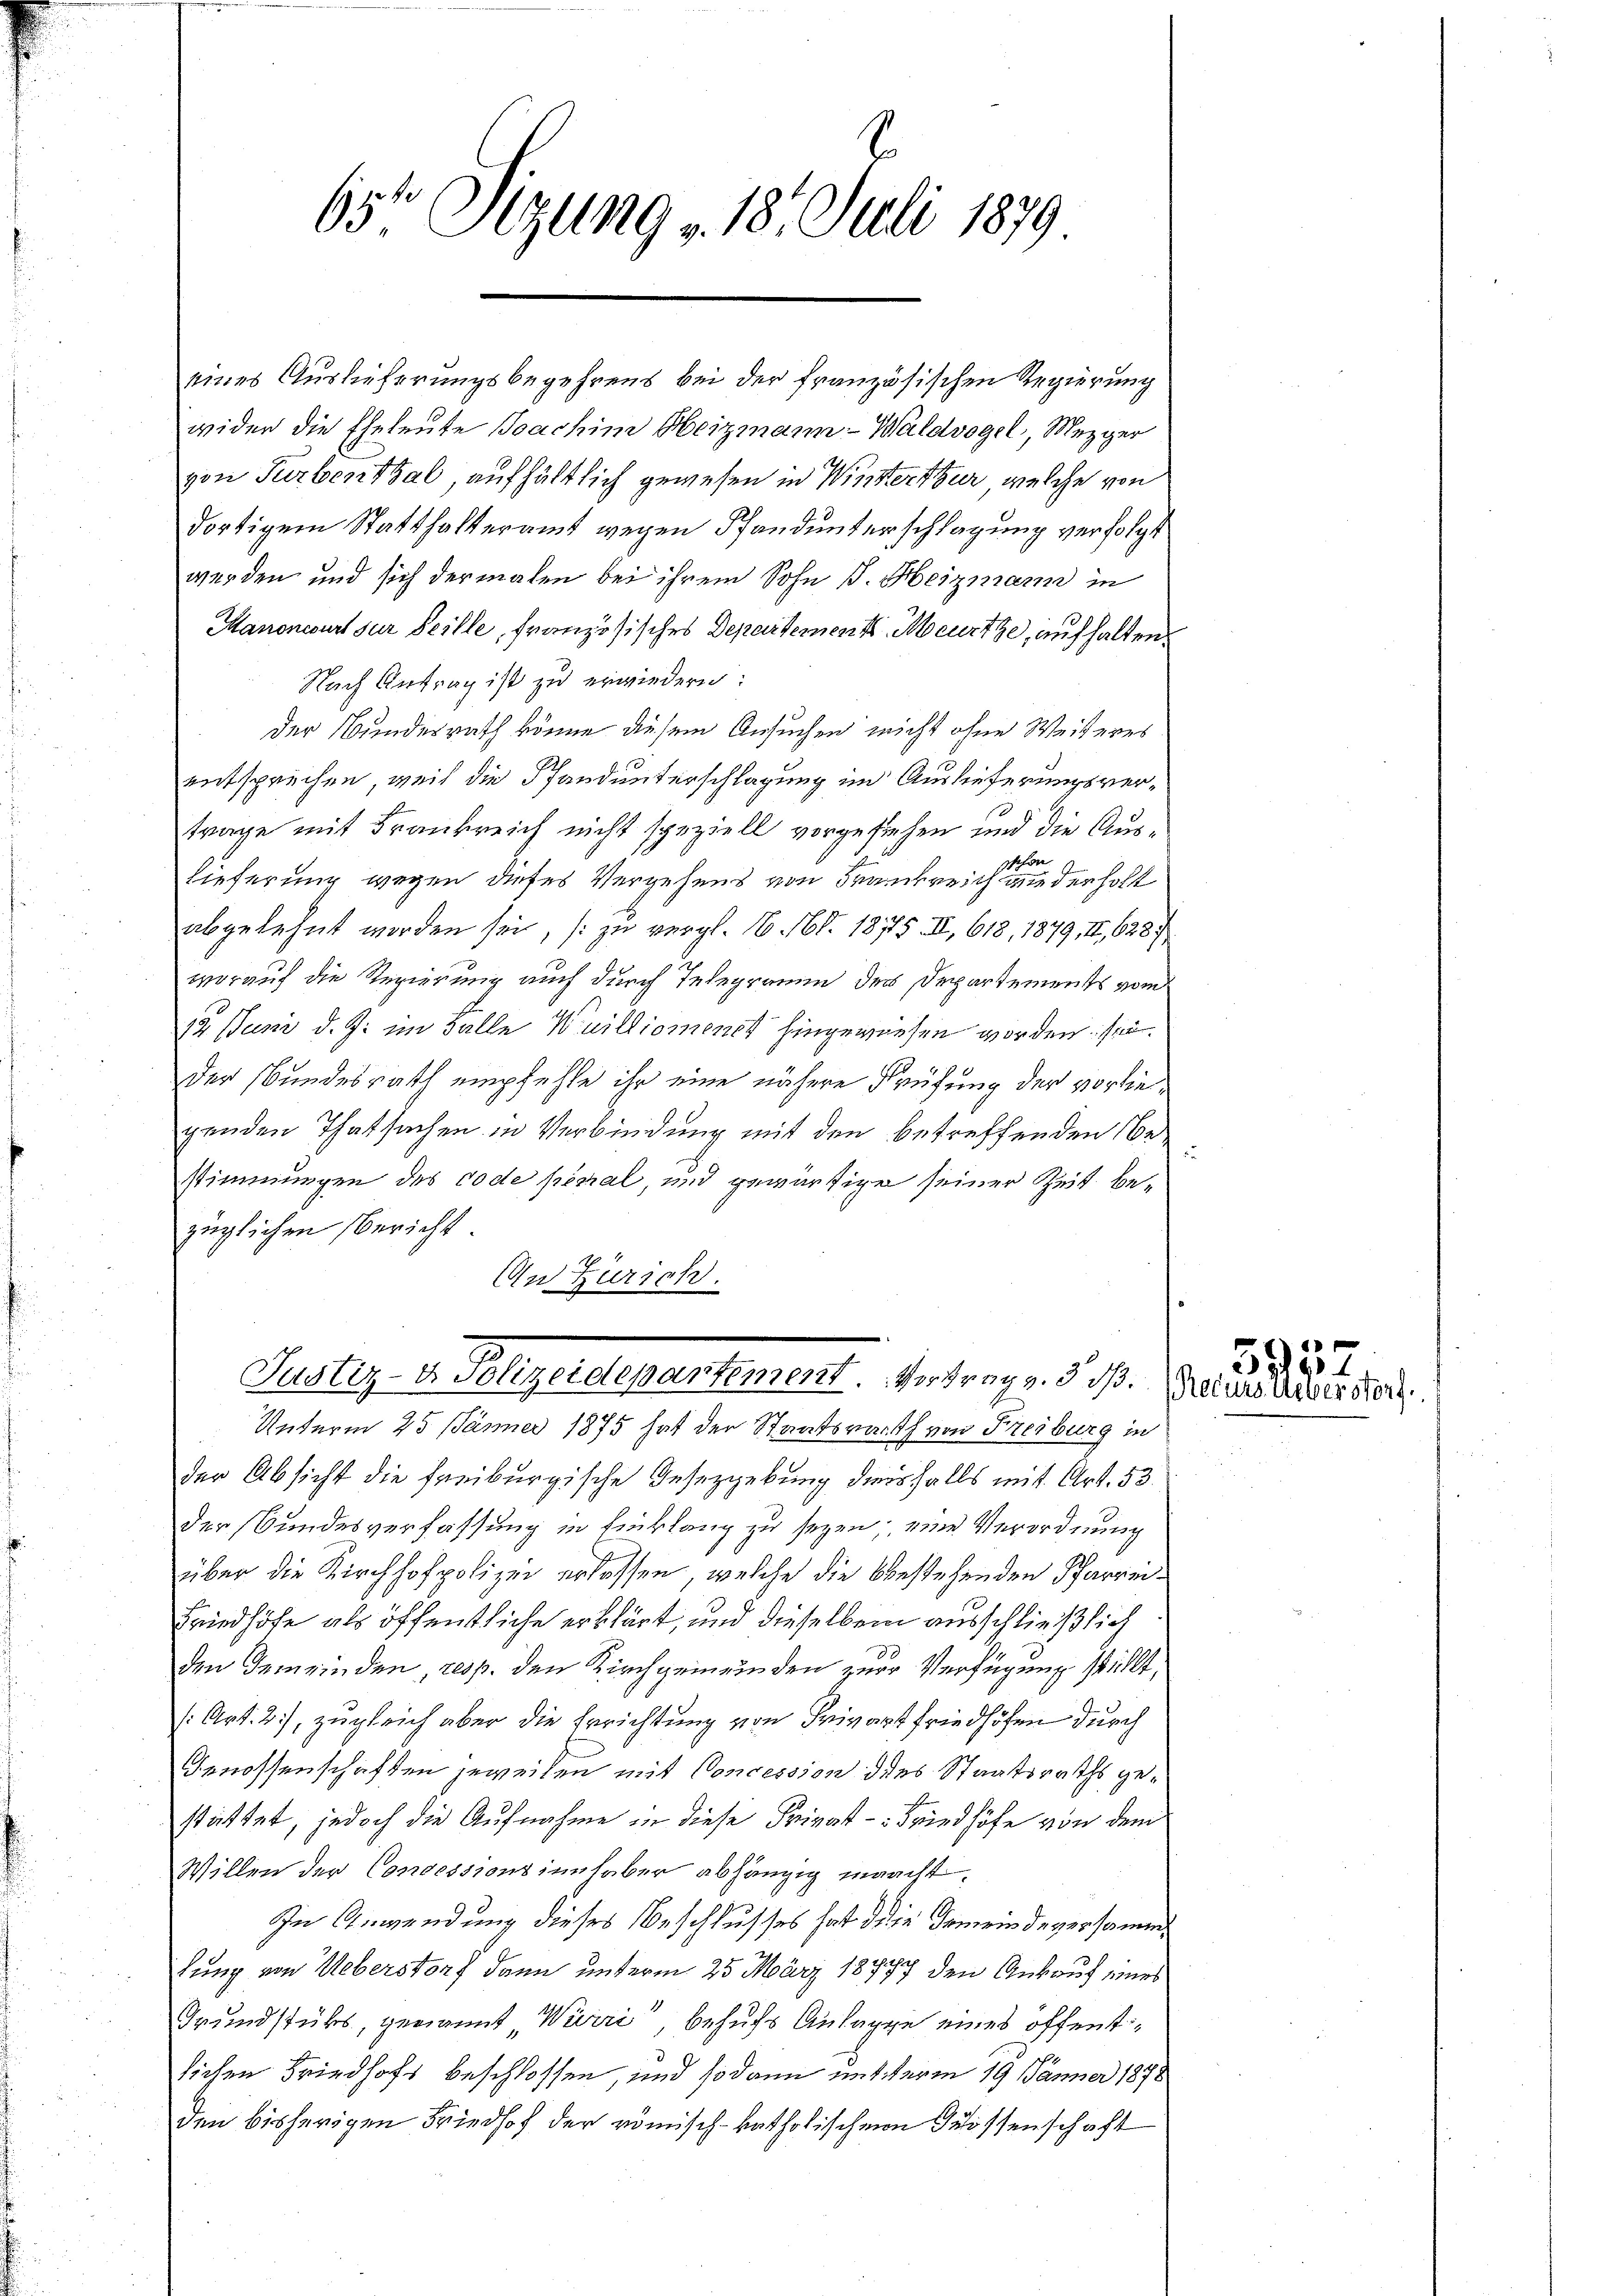
65te Sizung 18. Juli 1879

eines Auslieferungsbegehrens bei der französischen Regierung
wider die Eheleute Joachim Heizmann-Waldvogel, Mezger
von Turbenthal aufhältlich gewesen in Winterthur, welche von
dortigem Statthalteramt wegen Pfandunterschlagung verfolgt
werden und sich dermalen bei ihrem Sohn J. Heizmann in
Manoneburt zur Seille, französisches Departements Meurtze, aufhalten
Nach Antrag ist zu erwiedern:
Der Bunderrath könne diesem Ansuchen nicht ohne Weiteres
entsprechen, weil die Pfandunterschlagung im Auslieferungsvertrage mit Frankreich nicht speziell vorgestehen und die Aus¬
Schon
lieferung wegen dieses Vergehens von Frankreich wiederholt
abgelehnt werden sei, zu vergl. N. 168. 1875. II, 618, 1879, II, 628
worauf die Regierung auch durch Telegramm der Departements vom
12. Juni d. J. im Falle Weillionenst hingewiesen worden: sei
Der Bundesrath empfehle ihr eine nähere Prüfung der vorlie
genden Thatsachen in Verbindung mit den betreffenden bestimmungen des code pecial, und gewärtige seiner Zeit bezüglichen Bericht.
4
An Zurici
.
Justiz v. Polizeidepartement. Antrage. §. 1.
Unterm 25 Jänner 1875 hat der Staatsrath von Freiburg in
der Absicht die freiburgische Gesezgebung diesfalls mit Art. 53.
der Bundesverfassung in Einklang zu seyen, eine Verordnung
über die Kirchhofpolizei erlassen, welche die bestehenden Pfarrei¬
Friedhöfe als öffentliche erklärt, und dieselben ausschließlich
den Gemeinden resp. den Kirchgemeinden zur Verfügung stellt,
(Art. 2), zugleich aber die Errichtung von Privat friedhöfen durch
Genossenschaften jeweilen mit Concession des Staatsraths gestattet, jedoch die Aufnahme in diese Privat - Friedhöfe von dem
Willen der Concessionsinnhaber abhängig macht
In Anwendung dieses Beschlusses hat die Gemeindeversammtung von Ueberstorf dann unterm 25. März 18777 den Ankauf vers
Grundstüks, genannt Würri behufs Anlappe eines öffentlichen Friedhofs beschlossen, und sodann unterm 19 Jänner 1878
den bisherigen Friedhof der römisch-katholischen Grossenschaft

55
Recurs toberstorf.